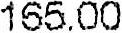
165.00